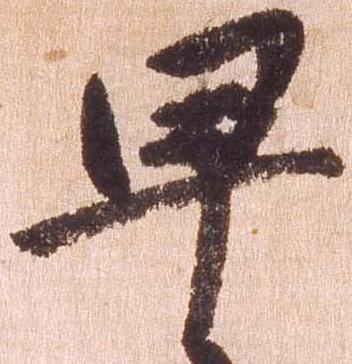
早